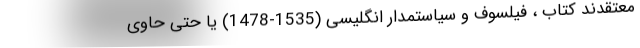
معتقدند کتاب ، فیلسوف و سیاستمدار انگلیسی (1535-1478) یا حتی حاوی